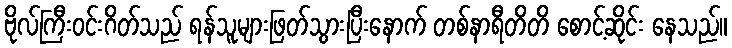
ဗိုလ်ကြီးဝင်းဂိတ်သည် ရန်သူများဖြတ်သွားပြီးနောက် တစ်နာရီတိတိ စောင့်ဆိုင်း နေသည်။